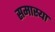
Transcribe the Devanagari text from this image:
समास्या